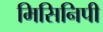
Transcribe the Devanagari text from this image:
मिसिनिपी